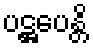
ပဋ္ဌပေန္တိ